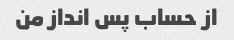
از حساب پس انداز من